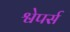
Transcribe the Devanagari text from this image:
श्वेपर्स